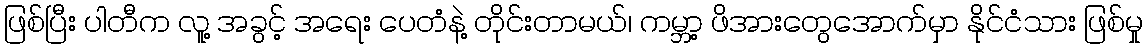
ဖြစ်ပြီး ပါတီက လူ့ အခွင့် အရေး ပေတံနဲ့ တိုင်းတာမယ်၊ ကမ္ဘာ့ ဖိအားတွေအောက်မှာ နိုင်ငံသား ဖြစ်မှု